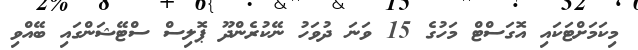
މިކަމަށްޓަކައި އޮގަސްޓް މަހުގެ 15 ވަނަ ދުވަހު ނޭކުރެންދޫ ޕޮލިސް ސްޓޭޝަންގައި ބޭއްވި